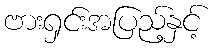
ဗားရှင်းအပြည့်နှင့်